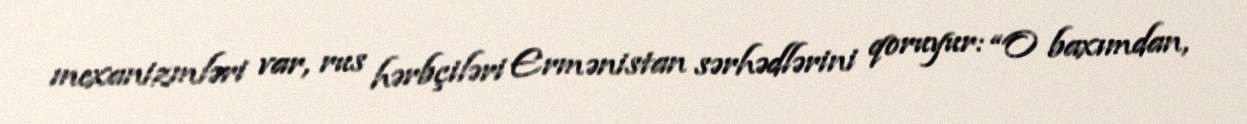
mexanizmləri var, rus hərbçiləri Ermənistan sərhədlərini qoruyur: “O baxımdan,